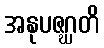
အနုပဇဂ္ဃတိ